Vaccination report Assam 1874-1896 - 1874-1896
Year: 1874
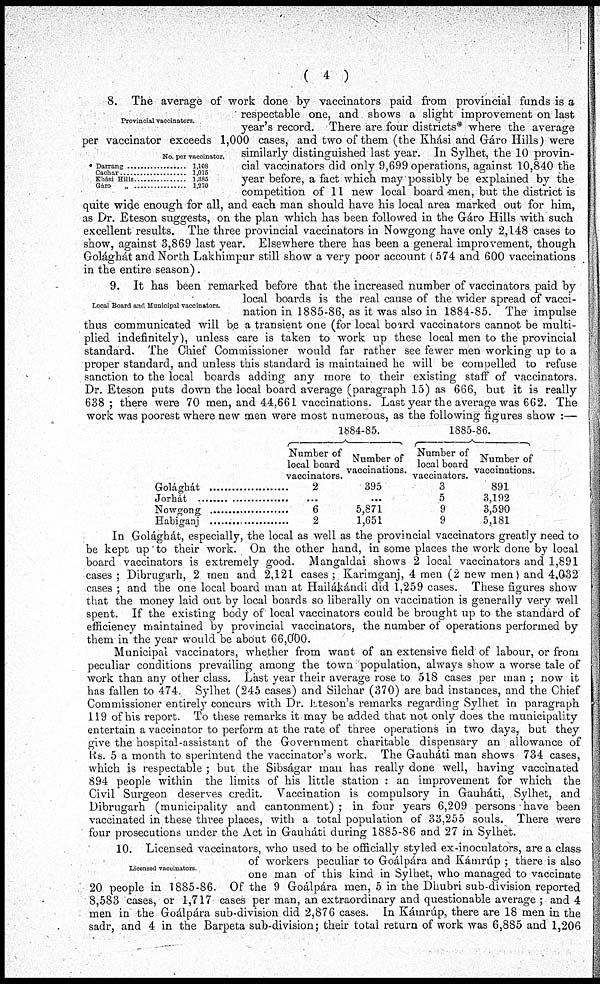
( 4 )
Provincial vaccinators.
* Darrang........................
Cachar........................
Khási Hills........................
Gáro „ ........................
No per vaccinator.
1,108
1,015
1,385
1,270
8. The average of work done by vaccinators paid from provincial funds is a
respectable one, and shows a slight improvement on last
year's record. There are four districts* where the average
per vaccinator exceeds 1,000 cases, and two of them (the Khási and Gáro Hills) were
similarly distinguished last year. In Sylhet, the 10 provin-
cial vaccinators did only 9,699 operations, against 10,840 the
year before, a fact which may possibly be explained by the
competition of 11 new local board men, but the district is
quite wide enough for all, and each man should have his local area marked out for him,
as Dr. Eteson suggests, on the plan which has been followed in the Gáro Hills with such
excellent results. The three provincial vaccinators in Nowgong have only 2,148 cases to
show, against 3,869 last year. Elsewhere there has been a general improvement, though
Golághát and North Lakhimpur still show a very poor account (574 and 600 vaccinations
in the entire season).
Local Board and Municipal vaccinators.
9. It has been remarked before that the increased number of vaccinators paid by
local boards is the real cause of the wider spread of vacci-
nation in 1885-86, as it was also in 1884-85. The impulse
thus communicated will be a transient one (for local board vaccinators cannot be multi-
plied indefinitely), unless care is taken to work up these local men to the provincial
standard. The Chief Commissioner would far rather see fewer men working up to a
proper standard, and unless this standard is maintained he will be compelled to refuse
sanction to the local boards adding any more to their existing staff of vaccinators.
Dr. Eteson puts down the local board average (paragraph 15) as 666, but it is really
638; there were 70 men, and 44,661 vaccinations. Last year the average was 662. The
work was poorest where new men were most numerous, as the following figures show :—
Golághát........................
Jorhát........................
Nowgong........................
Habiganj........................
1884-85.
Number of
local board
vaccinators.
2
...
6
2
Number of
vaccinations.
395
...
5,871
1,651
1885-86.
Number of
local board
vaccinators.
3
5
9
9
Number of
vaccinations.
891
3,192
3,590
5,181
In Golághát, especially, the local as well as the provincial vaccinators greatly need to
be kept up to their work. On the other hand, in some places the work done by local
board vaccinators is extremely good. Mangaldai shows 2 local vaccinators and 1,891
cases ; Dibrugarh, 2 men and 2,121 cases; Karimganj, 4 men (2 new men) and 4,032
cases ; and the one local board man at Hailákándi did 1,259 cases. These figures show
that the money laid out by local boards so liberally on vaccination is generally very well
spent. If the existing body of local vaccinators could be brought up to the standard of
efficiency maintained by provincial vaccinators, the number of operations performed by
them in the year would be about 66,000.
Municipal vaccinators, whether from want of an extensive field of labour, or from
peculiar conditions prevailing among the town population, always show a worse tale of
work than any other class. Last year their average rose to 518 cases per man ; now it
has fallen to 474. Sylhet (245 cases) and Silchar (370) are bad instances, and the Chief
Commissioner entirely concurs with Dr. Eteson's remarks regarding Sylhet in paragraph
119 of his report. To these remarks it may be added that not only does the municipality
entertain a vaccinator to perform at the rate of three operations in two days, but they
give the hospital-assistant of the Government charitable dispensary an allowance of
Rs. 5 a month to sperintend the vaccinator's work. The Gauháti man shows 734 cases,
which is respectable ; but the Sibságar man has really done well, having vaccinated
894 people within the limits of his little station : an improvement for which the
Civil Surgeon deserves credit. Vaccination is compulsory in Gauháti, Sylhet, and
Dibrugarh (municipality and cantonment); in four years 6,209 persons have been
vaccinated in these three places, with a total population of 33,255 souls. There were
four prosecutions under the Act in Gauháti during 1885-86 and 27 in Sylhet.
Licensed vaccinators
10. Licensed vaccinators, who used to be officially styled ex-inoculators, are a class
of workers peculiar to Goálpára and Kátnrúp ; there is also
one man of this kind in Sylhet, who managed to vaccinate
20 people in 1885-86. Of the 9 Goálpára men, 5 in the Dhubri sub-division reported
8,583 cases, or 1,717 cases per man, an extraordinary and questionable average ; and 4
men in the Goálpára sub-division did 2,876 cases. In Kámrúp, there are 18 men in the
sadr, and 4 in the Barpeta sub-division; their total return of work was 6,885 and 1,206